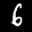
Label: 6